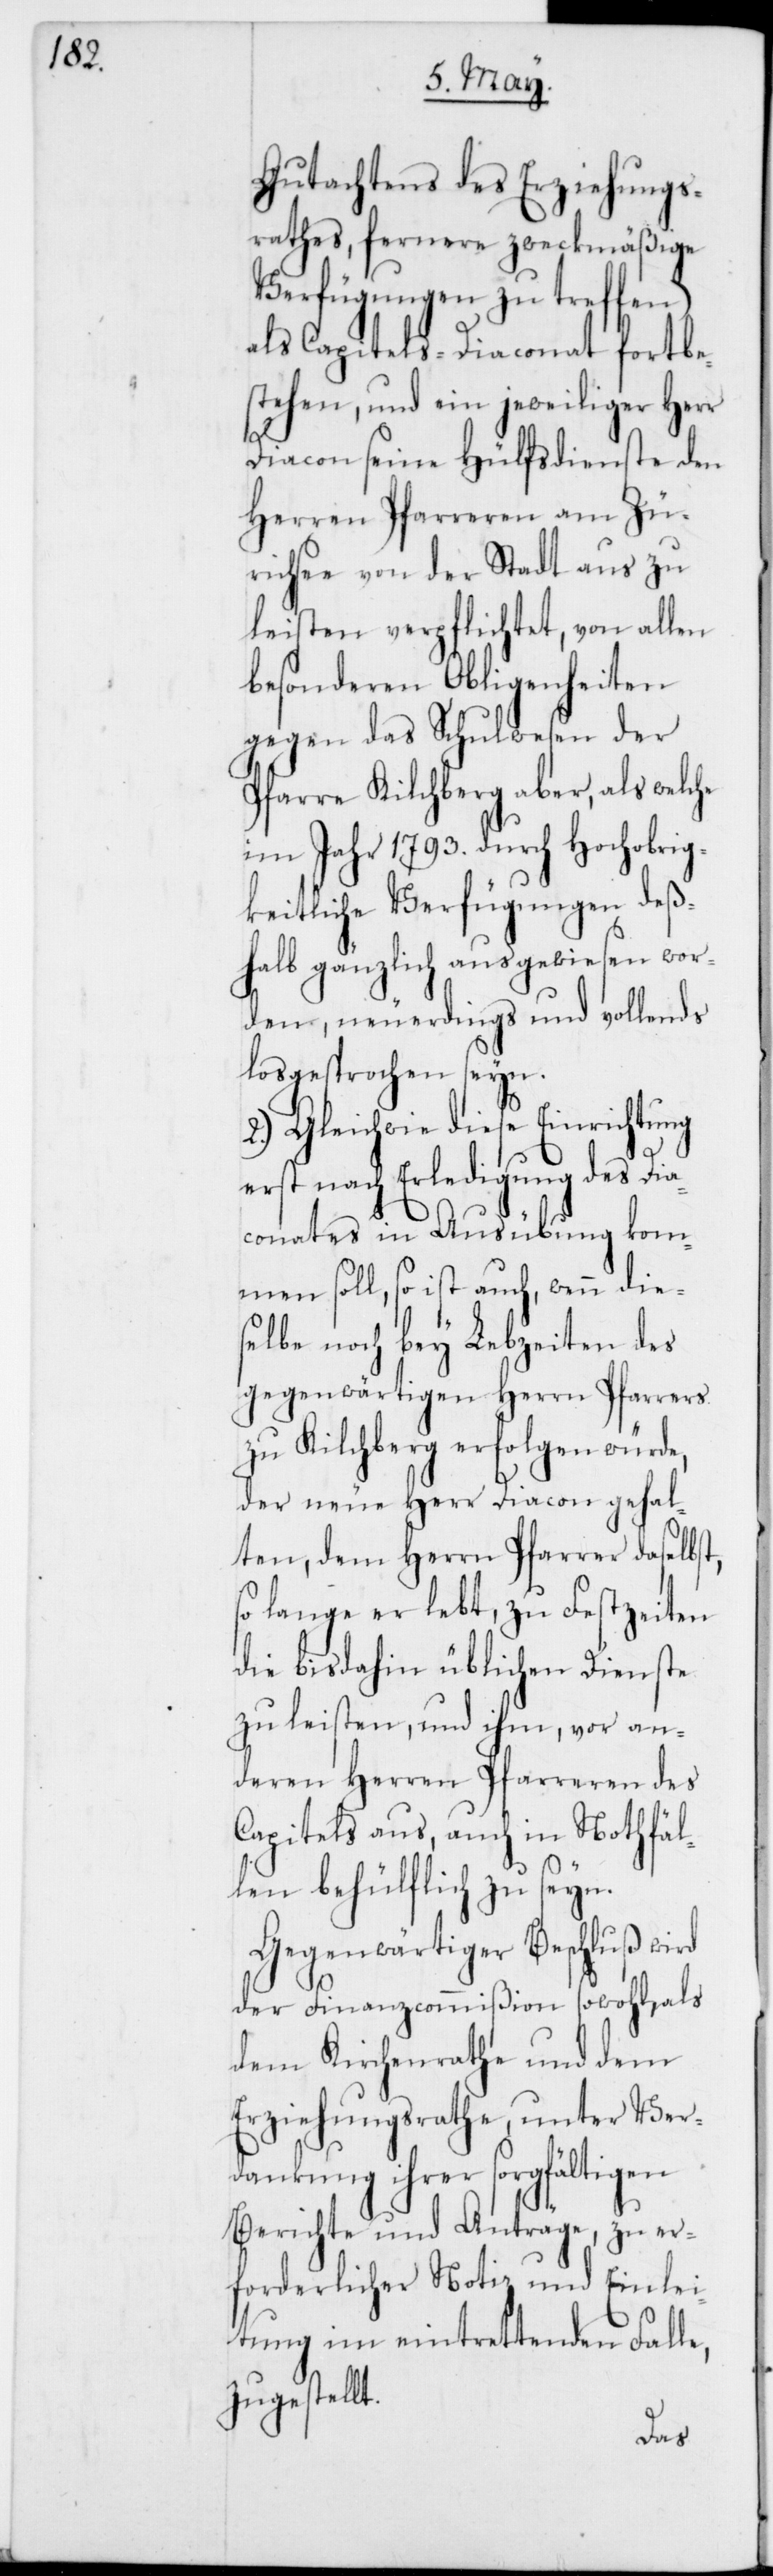
Gutachtens des Erziehungs¬
rathes, fernere zweckmäßige
Verfügungen zu treffen)
als Capitels-Diaconat fortbe¬
stehen, und ein jeweiliger Herr
Diacon seine Hülfsdienste den
Herren Pfarrherren am Zü¬
richsee von der Stadt aus zu
leisten verpflichtet, von allen
besonderen Obligenheiten
gegen das Schulwesen der
Pfarre Kilchberg aber, als welche
im Jahr 1793. durch Hochobrig¬
keitliche Verfügungen deß¬
halb gänzlich ausgewiesen wor¬
den, neuerdings und vollends
losgesprochen seyn.
2.) Gleichwie diese Einrichtung
erst nach Erledigung des Dia¬
conates in Ausübung kom¬
men soll, so ist auch, wenn die¬
selbe noch bey Lebzeiten des
gegenwärtigen Herrn Pfarrers
zu Kilchberg erfolgen würde,
der neue Herr Diacon gehal¬
ten, dem Herrn Pfarrer daselbst,
lange er lebt, zu Festzeiten
die bis dahin üblichen Dienste
zu leisten, und ihm, vor an¬
deren Herren Pfarreren des
Capitels aus, auch in Nothfäl¬
len behülflich zu seyn.
Gegenwärtiger Beschluß wird
der Finanzcommißion sowohl, als
dem Kirchenrathe und dem
Erziehungsrathe, unter Ver¬
dankung ihrer sorgfältigen
Berichte und Anträge, zu er¬
forderlicher Notiz und Einlei¬
tung im eintrettenden Falle,
zugestellt.